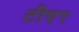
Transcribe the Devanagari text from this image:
टीए९